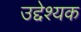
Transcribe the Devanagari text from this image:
उद्देश्यक